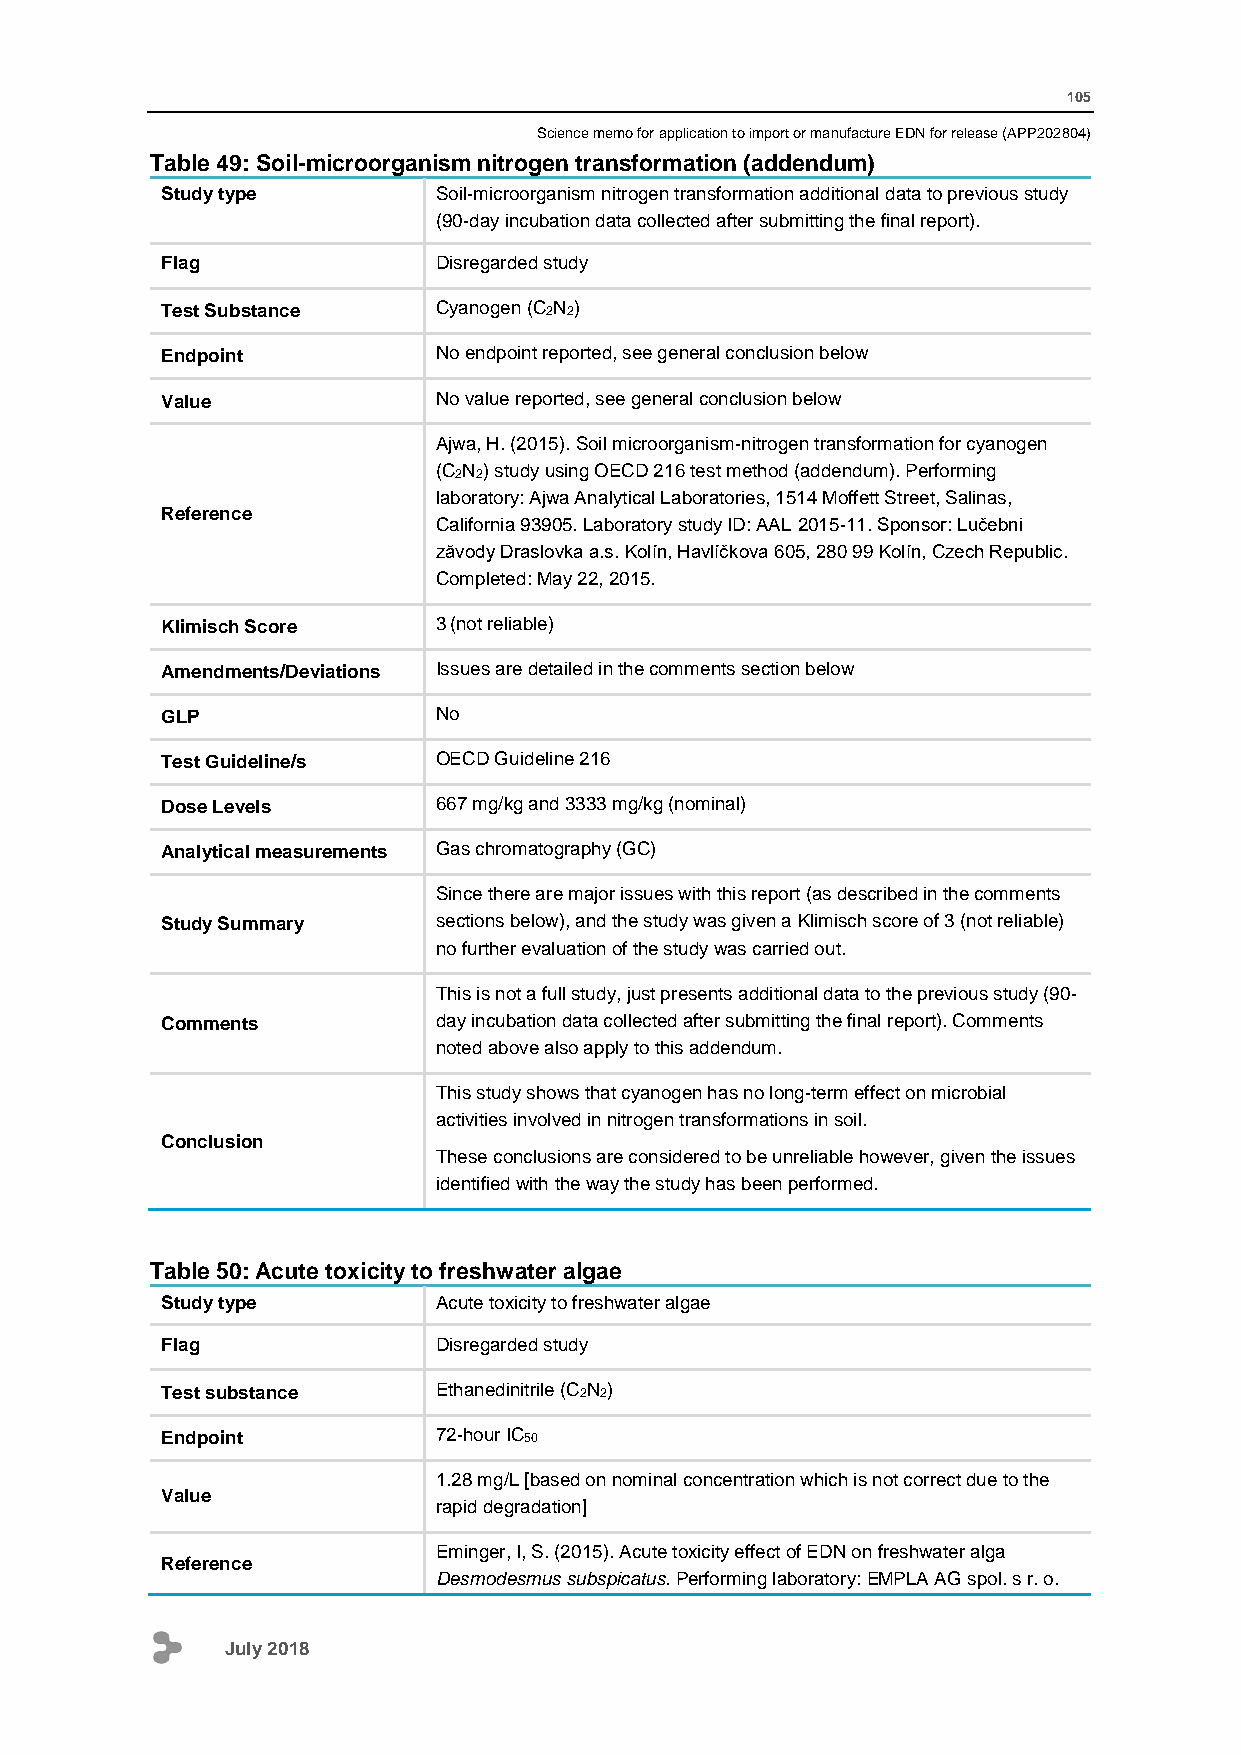
105
 Science memo for application to import or manufacture EDN for release (APP202804)
 Table 49: Soil-microorganism nitrogen transformation (addendum)
 Study type        Soil-microorganism nitrogen transformation additional data to previous study
 (90-day incubation data collected after submitting the final report).
 Flag              Disregarded study
 Test Substance    Cyanogen (C2N2)
 Endpoint          No endpoint reported, see general conclusion below
 Value             No value reported, see general conclusion below
 Ajwa, H. (2015). Soil microorganism-nitrogen transformation for cyanogen
 (C2N2) study using OECD 216 test method (addendum). Performing
 laboratory: Ajwa Analytical Laboratories, 1514 Moffett Street, Salinas,
 Reference
 California 93905. Laboratory study ID: AAL 2015-11. Sponsor: Lučebni
 zăvody Draslovka a.s. Kolín, Havlíčkova 605, 280 99 Kolín, Czech Republic.
 Completed: May 22, 2015.
 Klimisch Score    3 (not reliable)
 Amendments/Deviations Issues are detailed in the comments section below
 GLP               No
 Test Guideline/s  OECD Guideline 216
 Dose Levels       667 mg/kg and 3333 mg/kg (nominal)
 Analytical measurements Gas chromatography (GC)
 Since there are major issues with this report (as described in the comments
 Study Summary     sections below), and the study was given a Klimisch score of 3 (not reliable)
 no further evaluation of the study was carried out.
 This is not a full study, just presents additional data to the previous study (90-
 Comments          day incubation data collected after submitting the final report). Comments
 noted above also apply to this addendum.
 This study shows that cyanogen has no long-term effect on microbial
 activities involved in nitrogen transformations in soil.
 Conclusion
 These conclusions are considered to be unreliable however, given the issues
 identified with the way the study has been performed.
 Table 50: Acute toxicity to freshwater algae
 Study type        Acute toxicity to freshwater algae
 Flag              Disregarded study
 Test substance    Ethanedinitrile (C2N2)
 Endpoint          72-hour IC50
 1.28 mg/L [based on nominal concentration which is not correct due to the
 Value
 rapid degradation]
 Eminger, I, S. (2015). Acute toxicity effect of EDN on freshwater alga
 Reference
 Desmodesmus subspicatus. Performing laboratory: EMPLA AG spol. s r. o.
 July 2018